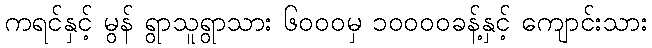
ကရင်နှင့် မွန် ရွာသူရွာသား ၆၀၀၀မှ ၁၀၀၀၀ခန့်နှင့် ကျောင်းသား